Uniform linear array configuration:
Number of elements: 48
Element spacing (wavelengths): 0.25
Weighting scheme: kaiser
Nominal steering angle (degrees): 0
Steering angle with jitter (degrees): -1.838
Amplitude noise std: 0.05
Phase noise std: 0.05

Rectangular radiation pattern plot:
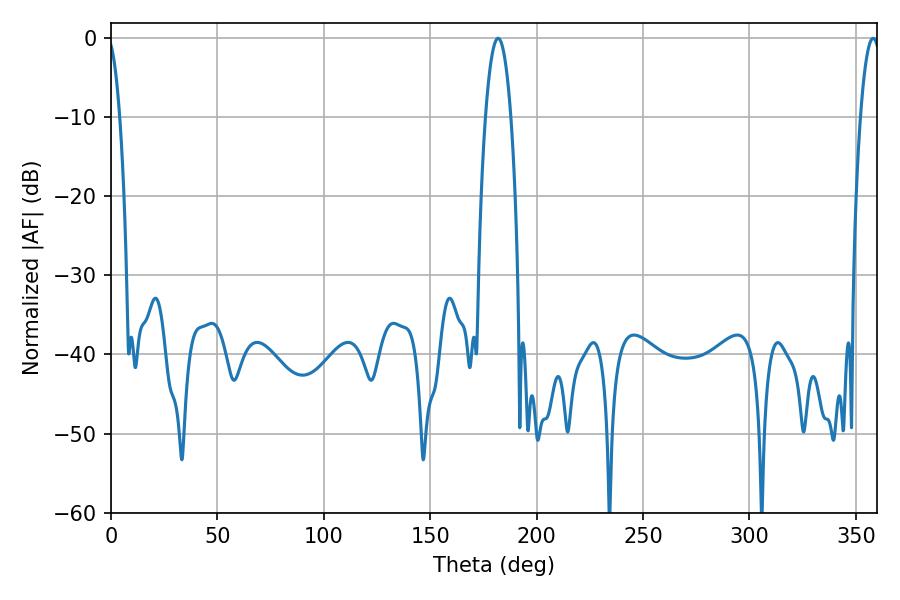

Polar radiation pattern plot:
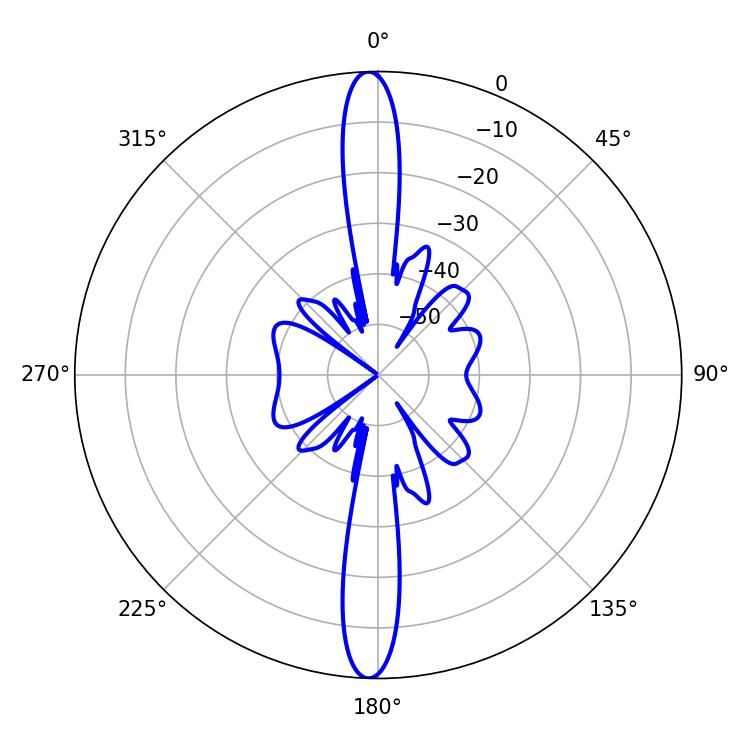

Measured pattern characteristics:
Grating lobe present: FALSE
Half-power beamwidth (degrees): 6.66
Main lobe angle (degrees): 181.8